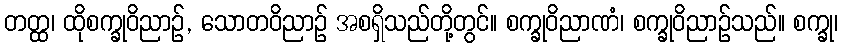
တတ္ထ၊ ထိုစက္ခုဝိညာဉ်, သောတဝိညာဉ် အစရှိသည်တို့တွင်။ စက္ခုဝိညာဏံ၊ စက္ခုဝိညာဉ်သည်။ စက္ခု၊